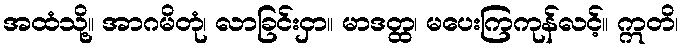
အထံသို့။ အာဂမိတုံ၊ လာခြင်းငှာ။ မာဒတ္ထ၊ မပေးကြကုန်လင့်။ ဣတိ၊